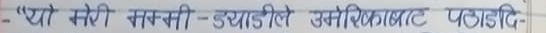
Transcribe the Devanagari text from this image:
प्यो मेरी माम्सी - उचाईले उमेरिलाग वाट पठाउछि